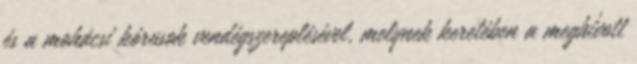
és a mohácsi kórusok vendégszereplésével, melynek keretében a meghívott